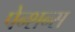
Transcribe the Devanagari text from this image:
पेन्शन्स